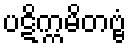
ပဋိက္ကမိတဗ္ဗံ